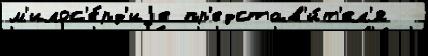
м'илос'е́рд'иjе пр'едстав'и́т'ел'я